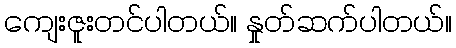
ကျေးဇူးတင်ပါတယ်။ နှုတ်ဆက်ပါတယ်။